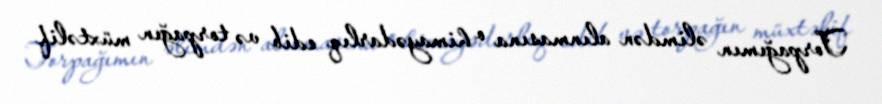
Torpağımın əlimdən alınmasına o himayədarlıq edib və torpağın müxtəlif